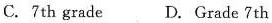
C. 7th grade D. Grade 7th